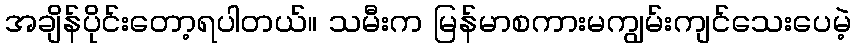
အချိန်ပိုင်းတော့ရပါတယ်။ သမီးက မြန်မာစကားမကျွမ်းကျင်သေးပေမဲ့